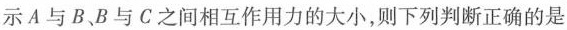
示A与B、B与C之间相互作用力的大小，则下列判断正确的是